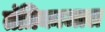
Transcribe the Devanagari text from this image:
तंत्रिकाजाल